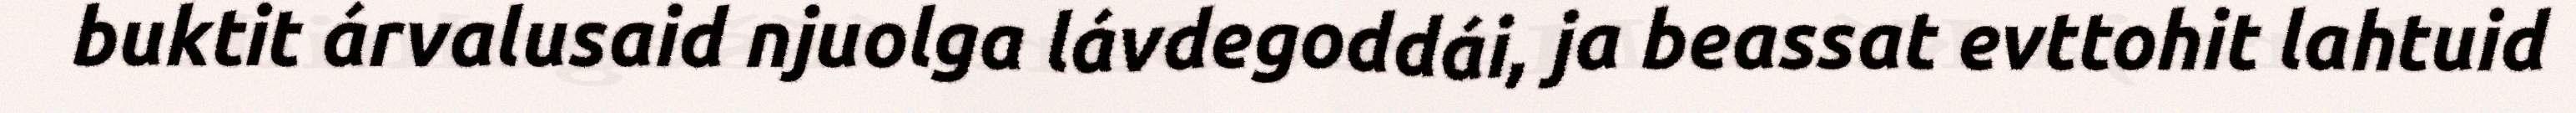
buktit árvalusaid njuolga lávdegoddái, ja beassat evttohit lahtuid